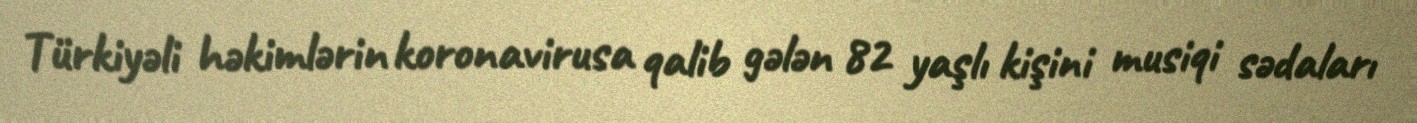
Türkiyəli həkimlərin koronavirusa qalib gələn 82 yaşlı kişini musiqi sədaları